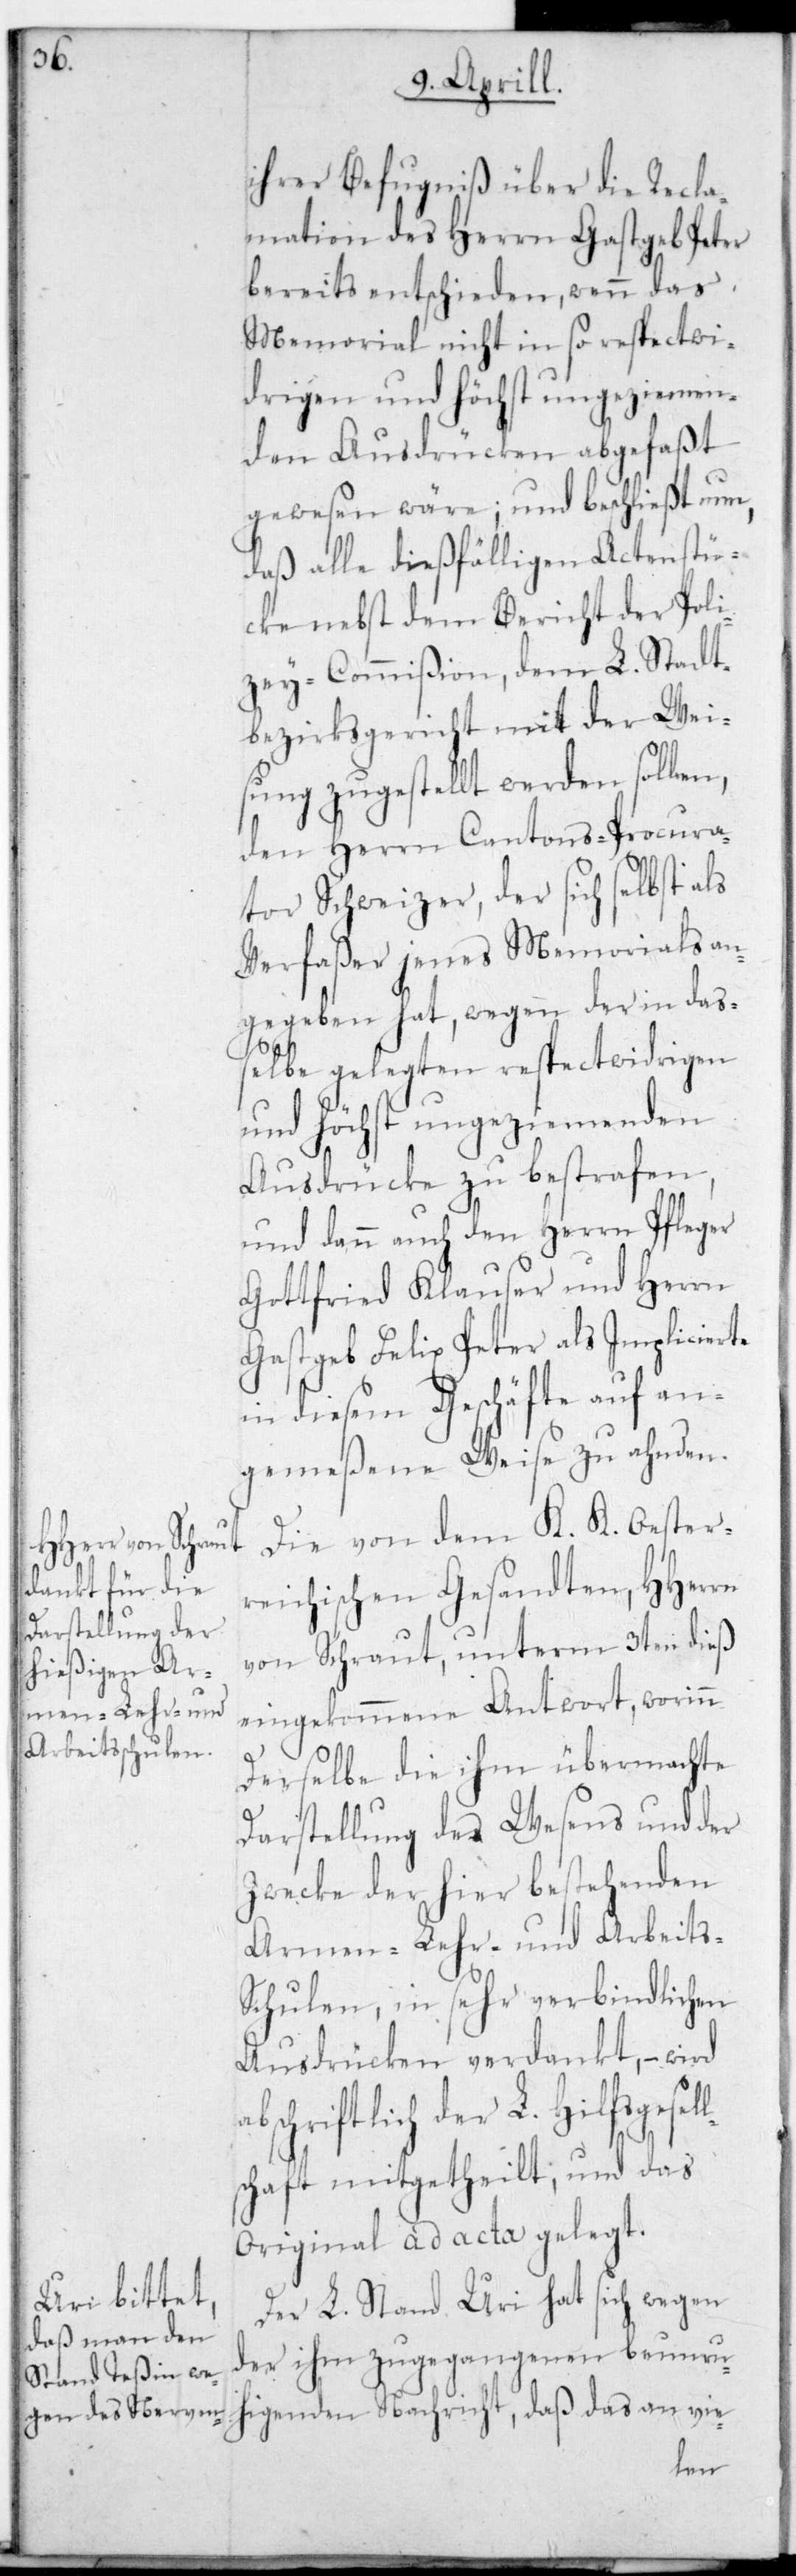
ihrer Befugniß über die Recla¬
mation des Herrn Gastgeb Peter
bereits entschieden, wenn das
Memorial nicht in so respectwi¬
drigen und höchst ungeziemen¬
den Ausdrücken abgefaßt
gewesen wäre, und beschließt nun,
daß alle dießfälligen Actenstü¬
cke nebst dem Bericht der Poli¬
zey-Commißion, dem L. Stadt¬
bezirksgericht mit der Wei¬
sung zugestellt werden sollen,
den Herrn Cantons-Procura¬
tor Schweizer, der sich selbst als
Verfaßer jenes Memorials an¬
gegeben hat, wegen der in daß¬
elbe gelegten respectwidrigen
und Höchst ungeziemenden
Ausdrücke zu bestrafen,
und dann auch den Herrn Pfleger
Gottfried Klauser und Herrn
Gastgeb Felix Peter als Implicierte
in diesem Geschäfte auf an¬
gemeßene Weise zu ahnden.
Die von dem K. K. Oester¬
reichischen Gesandten, HHerrn
von Schraut, unterm 3ten dieß
eingekommene Antwort, worinn
l¬
derselbe die ihm übermachte
Darstellung des Wesens und der
Zwecke der hier bestehenden
Armen-, Lehr- und Arbeits¬
schulen, in sehr verbindlichen
Ausdrücken verdankt, – wird
schriftlich der L. Hilfsgesel¬
schaft mitgetheilt; und das
Original ad acta gelegt.
Der L. Stand Uri hat sich wegen
der ihm zugegangenen beunru¬
higenden Nachricht, daß das an vie-